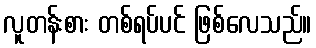
လူတန်းစား တစ်ရပ်ပင် ဖြစ်လေသည်။